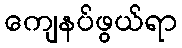
ကျေနပ်ဖွယ်ရာ